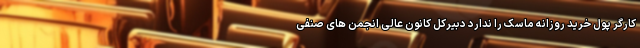
کارگر پول خرید روزانه ماسک را ندارد دبیرکل کانون عالی انجمن های صنفی